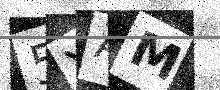
Text: 5YAM